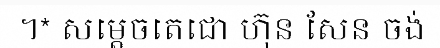
។* សម្តេចតេជោ ហ៊ុន សែន ចង់